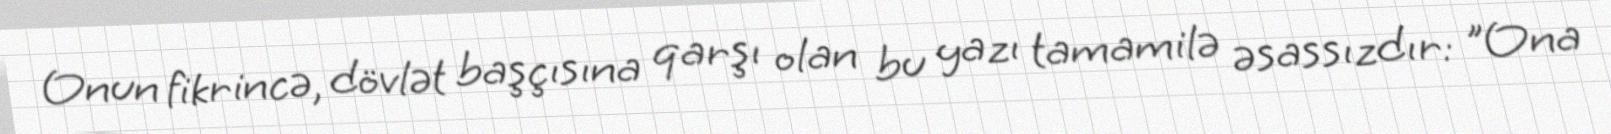
Onun fikrincə, dövlət başçısına qarşı olan bu yazı tamamilə əsassızdır: "Ona